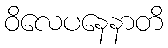
ဝိလေပနေနာတိ